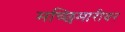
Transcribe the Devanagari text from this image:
मच्छिमारीवर